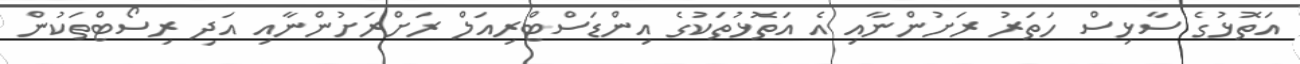
އަތޮޅުގެ ސާޅިސް ހަތަރު ރަށުންނާއި އެ އަތޮޅުތަކުގެ އިންޑަސްޓްރިއަލް ރަށްރަށުންނާއި އަދި ރިސޯޓްތަކުން